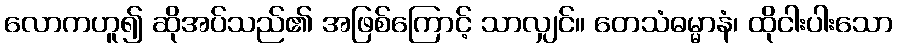
လောကဟူ၍ ဆိုအပ်သည်၏ အဖြစ်ကြောင့် သာလျှင်။ တေသံဓမ္မာနံ၊ ထိုငါးပါးသော